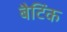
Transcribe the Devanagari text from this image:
बैटिंक